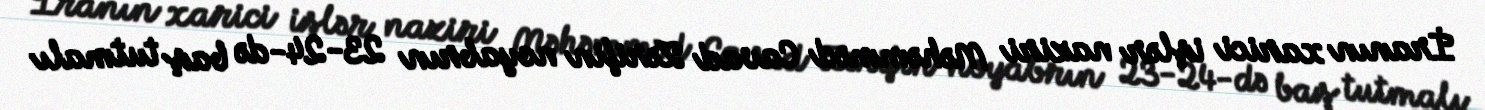
İranın xarici işlər naziri Məhəmməd Cavad Zərifin noyabrın 23-24-də baş tutmalı